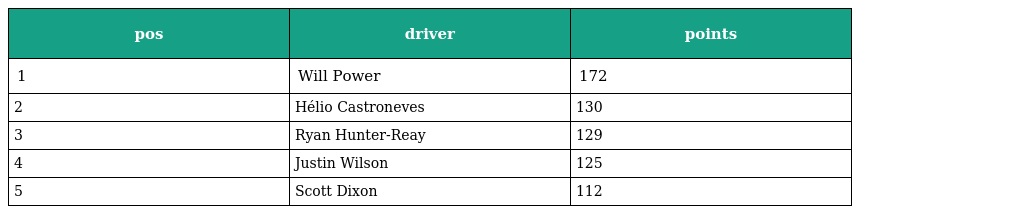
| pos | driver | points |
 | --- | --- | --- |
 | 1 | Will Power | 172 |
 | 2 | Hélio Castroneves | 130 |
 | 3 | Ryan Hunter-Reay | 129 |
 | 4 | Justin Wilson | 125 |
 | 5 | Scott Dixon | 112 |